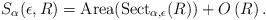
LaTeX: \begin{align*}S_{\alpha}(\epsilon,R)= \textnormal{Area}(\textnormal{Sect}_{\alpha, \epsilon}(R))+O\left(R\right).\end{align*}